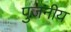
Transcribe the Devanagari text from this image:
पुजनीय